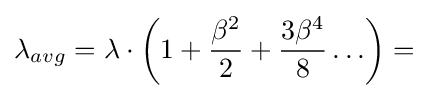
\lambda _{avg}=\lambda \cdot \left(1+{\frac {\beta ^{2}}{2}}+{\frac {3\beta ^{4}}{8}}\ldots \right)=